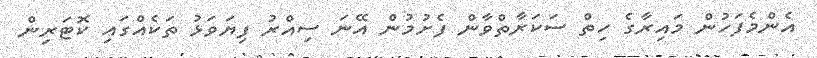
އެންމެފަހުން މައިރާގެ ހިތް ސަކަރާތްވާން ފެށުމުން އޭނަ ސިއްރު ފިޔަވަޅު ތަކެއްގައި ކޮޓަރިން